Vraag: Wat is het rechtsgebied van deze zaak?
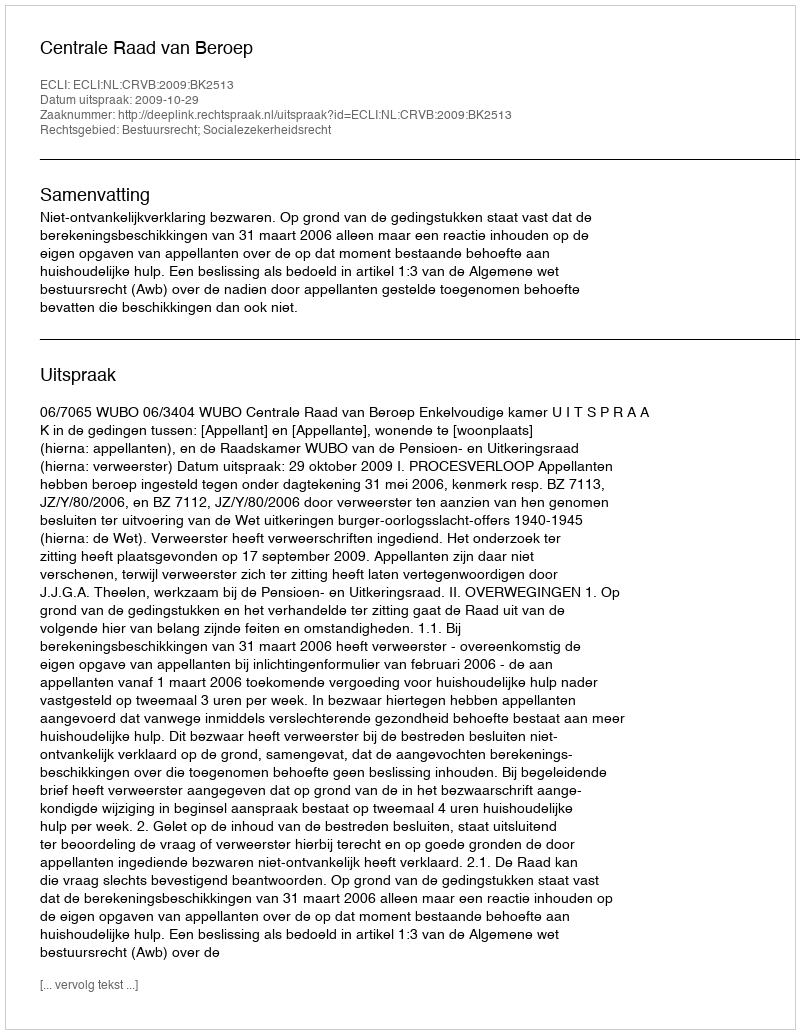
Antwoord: Bestuursrecht; Socialezekerheidsrecht